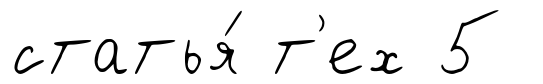
статья́ т'ех 5